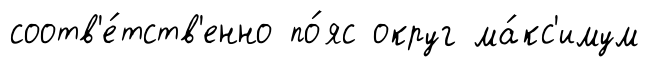
соотв'е́тств'енно по́яс округ ма́кс'имум